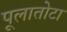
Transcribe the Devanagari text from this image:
पूलातोटा